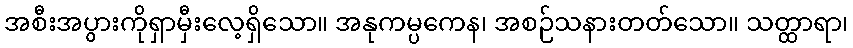
အစီးအပွားကိုရှာမှီးလေ့ရှိသော။ အနုကမ္ပကေန၊ အစဉ်သနားတတ်သော။ သတ္ထာရာ၊